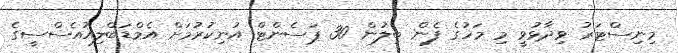
މިނިސްޓަރު ވިދާޅުވީ މި މަހުގެ ފެން ބިލުން 30 ޕަސެންޓް އުނިކުރުމަށް އެމްޑަބްލިއުއެސްސީގެ